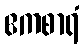
ဧကစာရံ